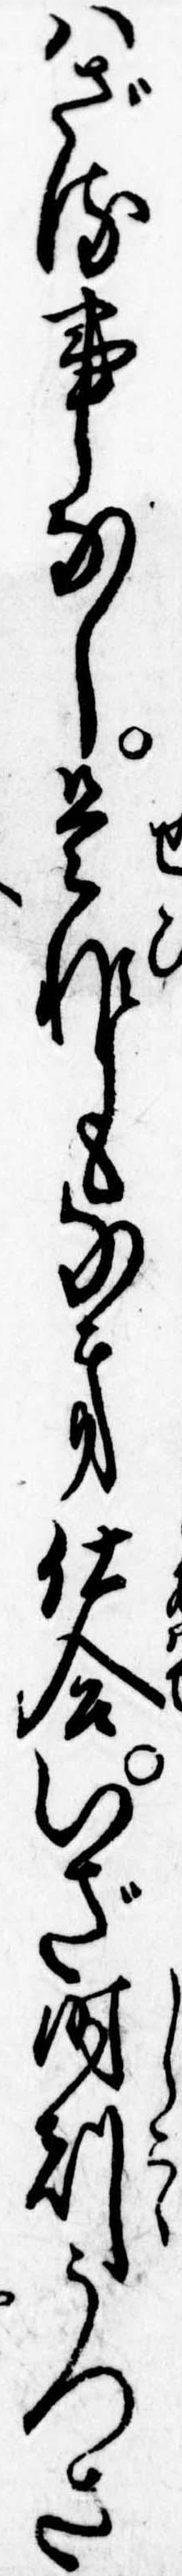
はざる事なし是非もなき仕合いざ時刻うつさ